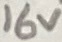
Text: 16V